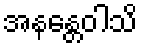
အနန္တေဝါသိ